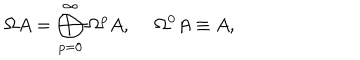
\Omega A = \bigoplus _ { p = 0 } ^ { \infty } \Omega ^ { p } A , \ \Omega ^ { 0 } A \equiv A ,